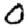
Digit: 0